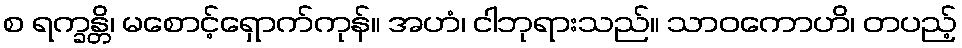
စ ရက္ခန္တိ၊ မစောင့်ရှောက်ကုန်။ အဟံ၊ ငါဘုရားသည်။ သာဝကောဟိ၊ တပည့်